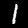
Digit: 1